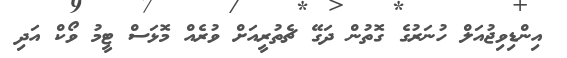
އިންޑިވިޖުއަލް ހުނަރުގެ ގޮތުން ދަގޭ ޗެތުރީއަށް ވުރެއް މޮޅަސް ޓީމު ވޯކް އަދި